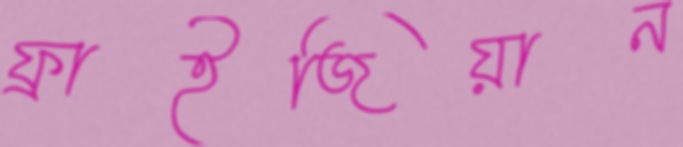
ফ্রাইজিয়ান